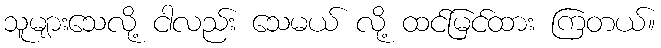
သူများသေလို့ ငါလည်း သေမယ် လို့ ထင်မြင်ထား ကြတယ်။